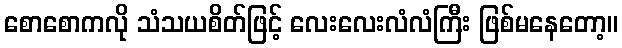
စောစောကလို သံသယစိတ်ဖြင့် လေးလေးလံလံကြီး ဖြစ်မနေတော့။